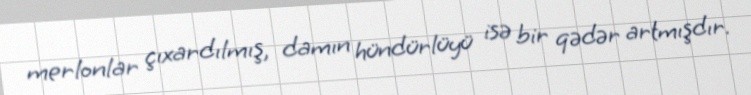
merlonlar çıxardılmış, damın hündürlüyü isə bir qədər artmışdır.